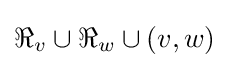
\Re _{v}\cup \Re _{w}\cup {(v,w)}